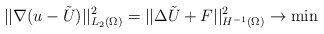
\begin{align*}|| \nabla (u-\tilde{U}) ||_{L_2(\Omega)}^2=|| \Delta \tilde{U} +F||^2_{H^{-1}(\Omega)} \to \min\end{align*}